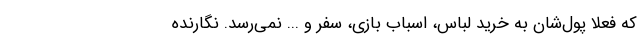
که فعلا پول‌شان به خرید لباس، اسباب بازی، سفر و ... نمی‌رسد. نگارنده